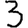
Digit: 3